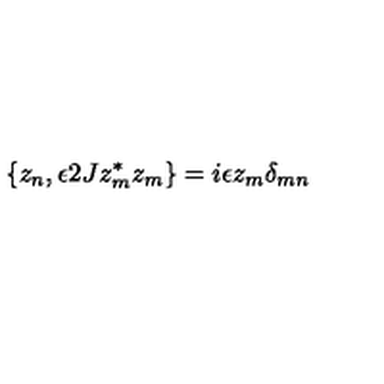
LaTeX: \{ z _ { n } , \epsilon 2 J z _ { m } ^ { \ast } z _ { m } \} = i \epsilon z _ { m } \delta _ { m n }